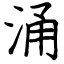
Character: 涌